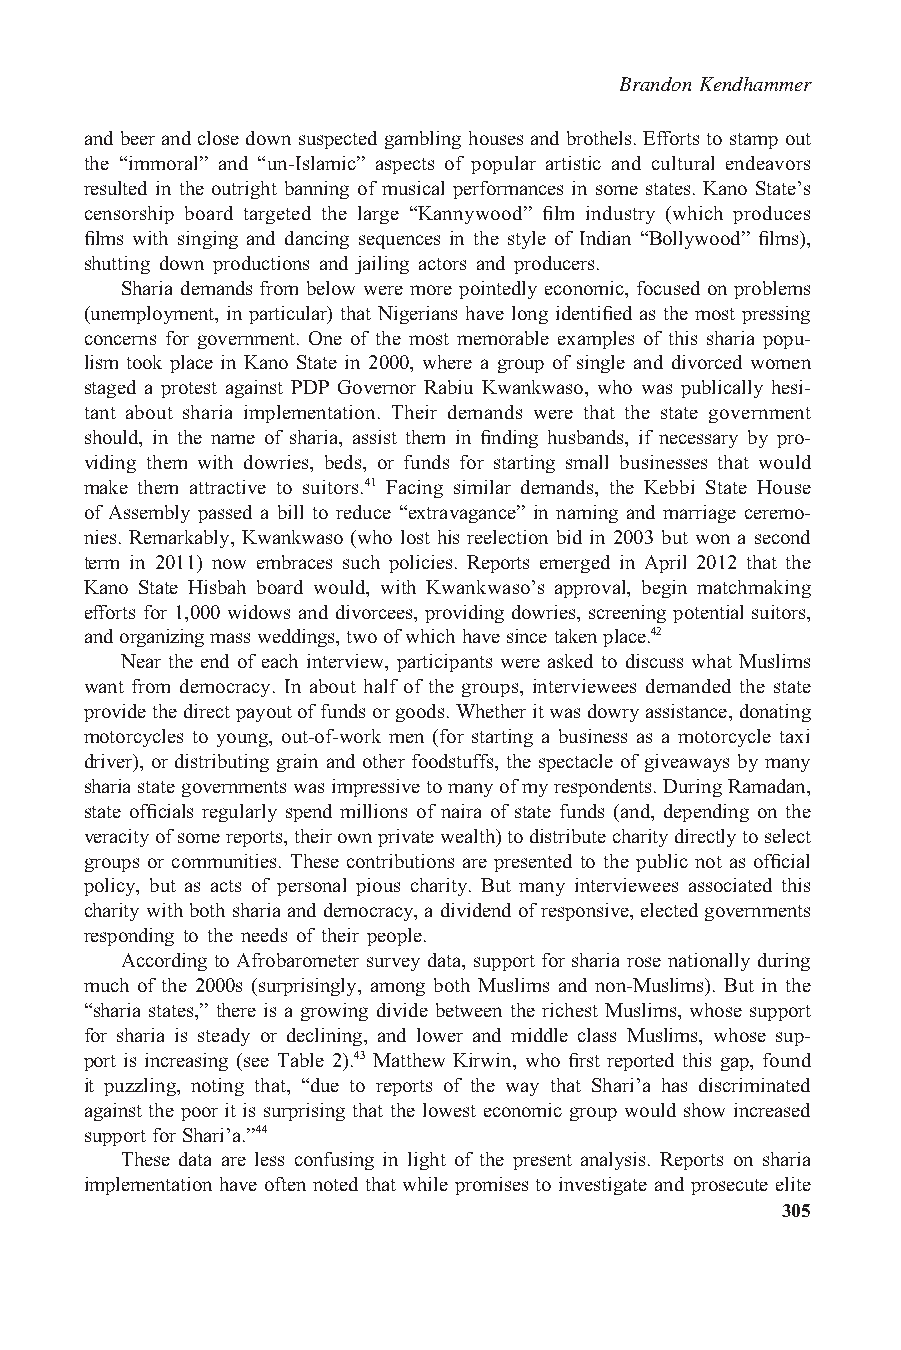
Brandon Kendhammer
 andbeer andclosedownsuspected gamblinghousesandbrothels.Effortstostamp out
 the “immoral” and “un-Islamic” aspects of popular artistic and cultural endeavors
 resulted in the outright banning of musical performances in some states. Kano State’s
 censorship board targeted the large “Kannywood” film industry (which produces
 films with singing and dancing sequences in the style of Indian “Bollywood” films),
 shutting down productions and jailing actors and producers.
 Sharia demands from below were more pointedly economic, focused on problems
 (unemployment, in particular) that Nigerians have long identified as the most pressing
 concerns for government. One of the most memorable examples of this sharia popu-
 lism took place in Kano State in 2000, where a group of single and divorced women
 staged a protest against PDP Governor Rabiu Kwankwaso, who was publically hesi-
 tant about sharia implementation. Their demands were that the state government
 should, in the name of sharia, assist them in finding husbands, if necessary by pro-
 viding them with dowries, beds, or funds for starting small businesses that would
 make them attractive to suitors.41 Facing similar demands, the Kebbi State House
 of Assembly passed a bill to reduce “extravagance” in naming and marriage ceremo-
 nies. Remarkably, Kwankwaso (who lost his reelection bid in 2003 but won a second
 term in 2011) now embraces such policies. Reports emerged in April 2012 that the
 Kano State Hisbah board would, with Kwankwaso’s approval, begin matchmaking
 efforts for 1,000 widows and divorcees, providing dowries, screening potential suitors,
 andorganizingmassweddings,twoofwhichhavesincetakenplace.42
 Near the end of each interview, participants were asked to discuss what Muslims
 want from democracy. In about half of the groups, interviewees demanded the state
 providethedirectpayoutoffundsorgoods.Whetheritwasdowryassistance,donating
 motorcycles to young, out-of-work men (for starting a business as a motorcycle taxi
 driver), or distributing grain and other foodstuffs, the spectacle of giveaways by many
 shariastategovernmentswasimpressivetomanyofmyrespondents.DuringRamadan,
 state officials regularly spend millions of naira of state funds (and, depending on the
 veracityofsomereports,theirownprivatewealth)todistributecharitydirectlytoselect
 groups or communities. These contributions are presented to the public not as official
 policy, but as acts of personal pious charity. But many interviewees associated this
 charitywithbothshariaanddemocracy,adividendofresponsive,electedgovernments
 responding to the needs of their people.
 According to Afrobarometer survey data, support for sharia rose nationally during
 much of the 2000s (surprisingly, among both Muslims and non-Muslims). But in the
 “sharia states,” there is a growing divide between the richest Muslims, whose support
 for sharia is steady or declining, and lower and middle class Muslims, whose sup-
 port is increasing (see Table 2).43 Matthew Kirwin, who first reported this gap, found
 it puzzling, noting that, “due to reports of the way that Shari’a has discriminated
 against the poor it is surprising that the lowest economic group would show increased
 support for Shari’a.”44
 These data are less confusing in light of the present analysis. Reports on sharia
 implementation have often noted that while promises to investigate and prosecute elite
 305